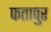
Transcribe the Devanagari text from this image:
फतापुर